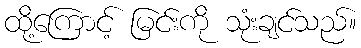
ထို့ကြောင့် မြင်းကို သုံးချင်သည်။